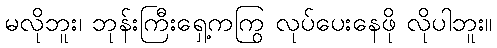
မလိုဘူး၊ ဘုန်းကြီးရှေ့ကကြွ လုပ်ပေးနေဖို လိုပါဘူး။